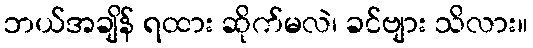
ဘယ်အချိန် ရထား ဆိုက်မလဲ၊ ခင်ဗျား သိလား။